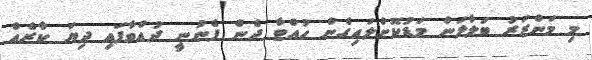
މި މަންޒަރު ބަލާލަން މަޑުކޮށްލައިގެން ހުއްޓާ ދެން ފެނުނީ ދުއްވާފައި ދިޔަ ކާރެއް